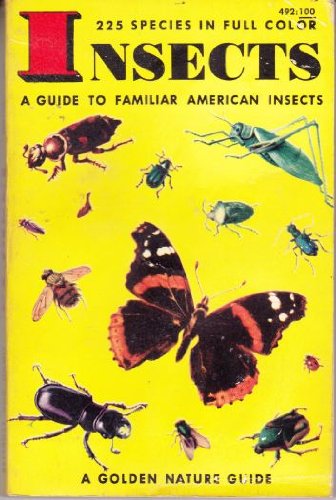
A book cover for Insects: A Guide to Familiar American Insects; Herbert S Zim; Sports & Outdoors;